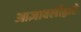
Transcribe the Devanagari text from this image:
आज्ञावलीद्वारे